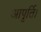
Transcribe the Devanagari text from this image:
आपूर्ति।